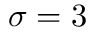
\sigma = 3